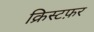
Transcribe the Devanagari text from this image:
क्रिस्टफ़र